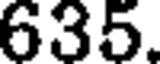
635.